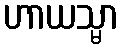
ဟာယသ္မာ